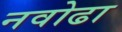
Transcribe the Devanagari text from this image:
नवोढा